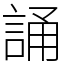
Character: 誦